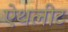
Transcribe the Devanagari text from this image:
ऐथलीट